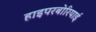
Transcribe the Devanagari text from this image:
हाइपरबोरियाई